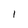
Character: 1